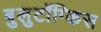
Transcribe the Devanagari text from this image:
बुलुटॉंग्किस